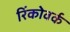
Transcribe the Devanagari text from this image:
रिंकोवर्क